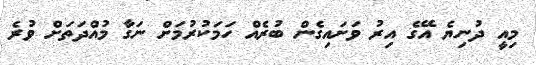
މިއީ ދުނިޔެ އޭގެ އިރު ވަށައިގެން ބުރެއް ހަމަކުރުމަށް ނަގާ މުއްދަތަށް ވުރެ